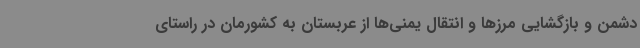
دشمن و بازگشایی مرزها و انتقال یمنی‌ها از عربستان به کشورمان در راستای